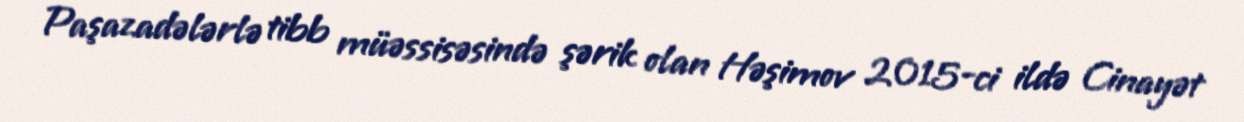
Paşazadələrlə tibb müəssisəsində şərik olan Həşimov 2015-ci ildə Cinayət